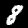
Label: 8